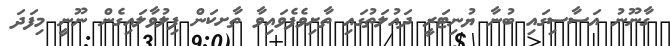
ގާނޫނު އަސާސިގައި ބުނާ ޔުނިޓަރީ ދައުލަތުގައި ތާށިވެފެވައިވާ ތާށކަން ފިލުވާލައިގެން ނޫނީ މިފަދަ